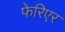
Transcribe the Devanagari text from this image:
फेरिएर